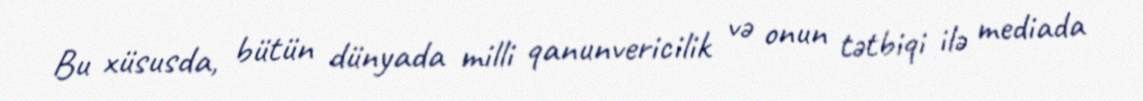
Bu xüsusda, bütün dünyada milli qanunvericilik və onun tətbiqi ilə mediada